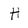
Character: H